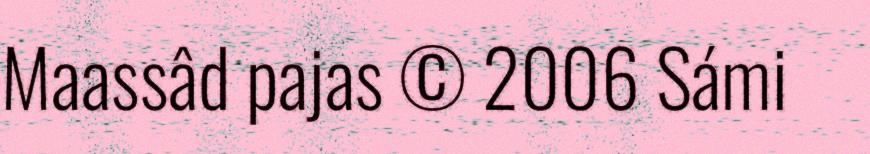
Maassâd pajas © 2006 Sámi